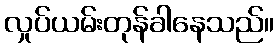
လှုပ်ယမ်းတုန်ခါနေသည်။